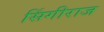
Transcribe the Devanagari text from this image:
सिंगीराज